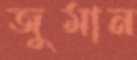
জুমান